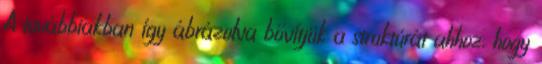
A továbbiakban így ábrázolva bővítjük a struktúrát ahhoz, hogy